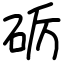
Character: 砺